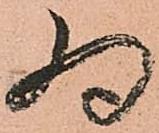
為